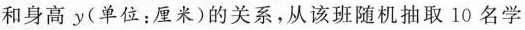
和身高y(单位：厘米)的关系，从该班随机抽取10名学